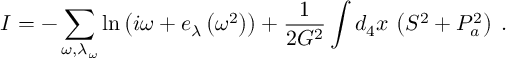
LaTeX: I = - \sum _ { \omega , \lambda _ { \omega } } \ln \left( i \omega + e _ { \lambda } \left( \omega ^ { 2 } \right) \right) + \frac { 1 } { 2 G ^ { 2 } } \int d _ { 4 } x \, \left( S ^ { 2 } + P _ { a } ^ { 2 } \right) \; .